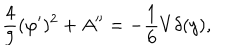
\frac { 4 } { 9 } ( \varphi ^ { \prime } ) ^ { 2 } + A ^ { \prime \prime } = - \frac { 1 } { 6 } V \delta ( y ) ,